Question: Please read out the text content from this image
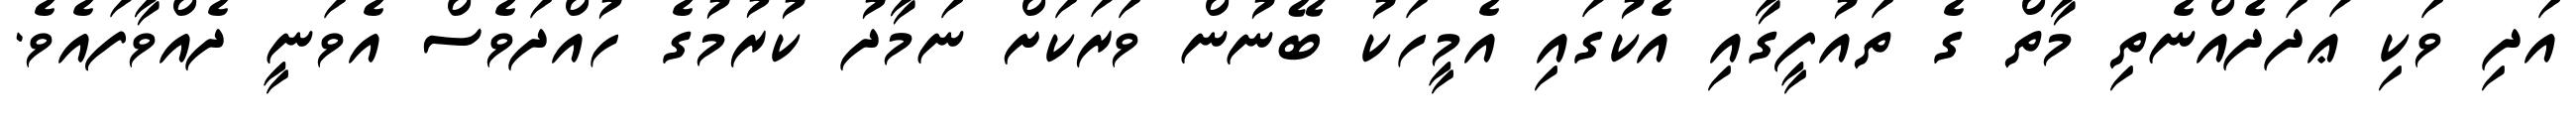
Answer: އަދި ވަކި ޢަދަދެއްނެތި މާތް ގެ ތައުފީގާއި އެކުގައި އެމީހަކު ބޭނުން ވަރަކަށް ނަމާދު ކުރުމުގެ ހުއްދަވެސް އެވަނީ ދެއްވާފައެވެ.